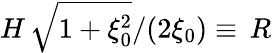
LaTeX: H\, \sqrt{1+\xi_{0}^{2}}/(2\xi_{0})\equiv\, R